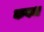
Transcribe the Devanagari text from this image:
कवध